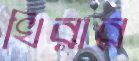
খিরার